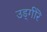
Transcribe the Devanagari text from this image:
उड्गीरॆ